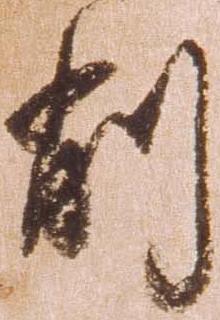
削